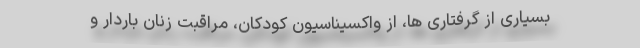
بسیاری از گرفتاری ها، از واکسیناسیون کودکان، مراقبت زنان باردار و